Leaving Certificate Examination, 1922
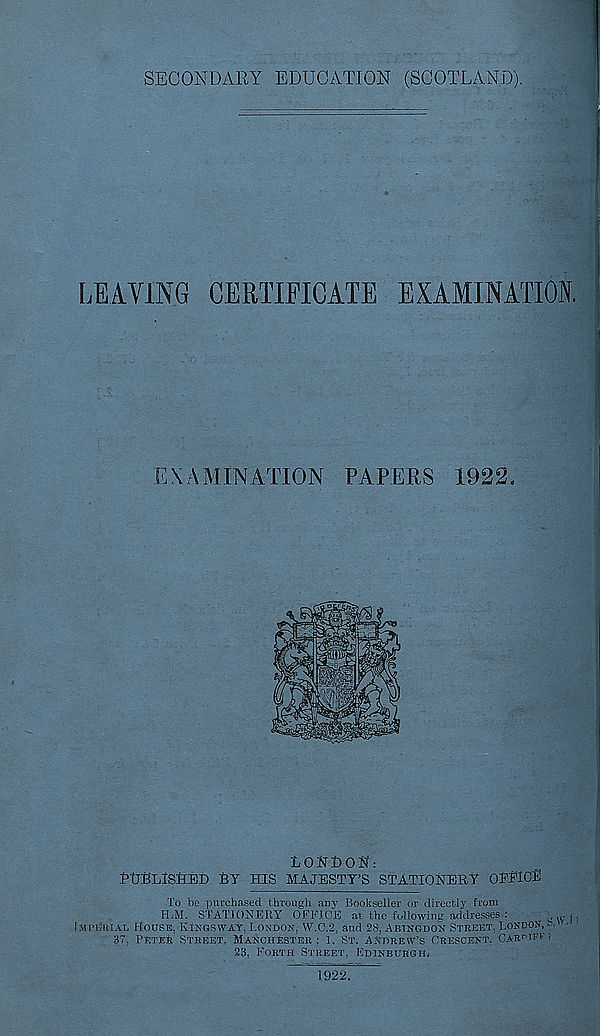
SECONDARY EDUCATION (SCOTLAND).
LEAVING CERTIFICATE EXAMINATION.
EXAMINATION PAPERS 1922.
LONDON:
DtrBLlSHED BY HIS MAJESTY’S STATIONERY OEBlOl
To be purchased through any Bookseller or directly from
H.-M. STATIONERY OFFICE at the following addresses:
c \v 1
Iju’Mrial House, Kings way, London, W.0.2, and 28, Abingdon Street, London, k ■ ■
37, P®te4 Street, Manchester ; 1. St. Andrew’s Crescent, OABniFP i
23, Forth Street, Edinburgh.
1922.